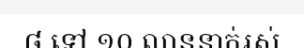
៨ ទៅ ១០ លាននាក់រស់